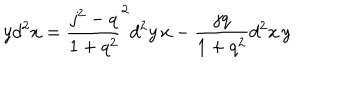
LaTeX: y d ^ { 2 } x = \frac { j ^ { 2 } - q } { 1 + q ^ { 2 } } ^ { 2 } d ^ { 2 } y \, x - \frac { j q } { 1 + q ^ { 2 } } d ^ { 2 } x \, y